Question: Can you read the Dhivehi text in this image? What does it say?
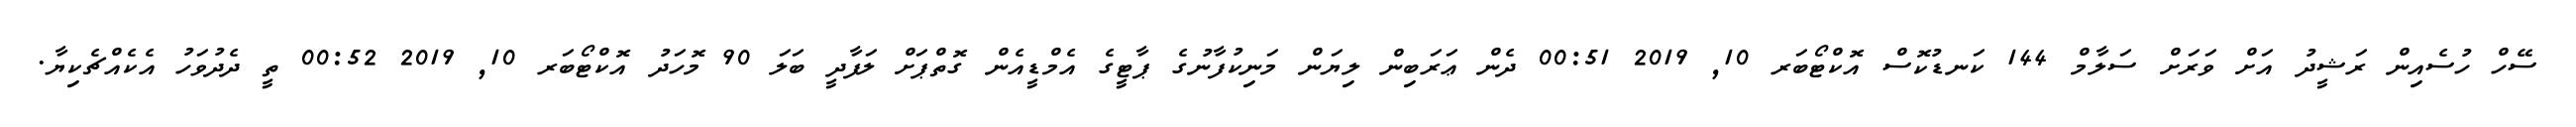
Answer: ސޭހް ހުސެއިން ރަޝީދު އަށް ވަރަށް ސަލާމް 144 ކަނޑުކޮސް އޮކްޓޯބަރ 10, 2019 00:51 ދެން ޢަރަބިން ލިޔަން މަނިކުފާނުގެ ޕާޓީގެ އެމްޑީއެން ގޮތްޕަށް ލަފާދީ ބަލަ 90 މޮހަދު އޮކްޓޯބަރ 10, 2019 00:52 ތީ ދެދުވަހު އެކެއްޗެކިޔާ.